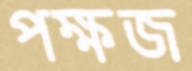
পক্ষজ